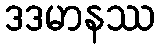
ဒဒမာနဿ